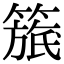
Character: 𥲬